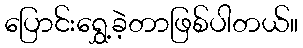
ပြောင်းရွှေ့ခဲ့တာဖြစ်ပါတယ်။